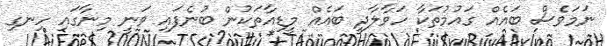
ނަމަވެސް ބައެއް ގައުމުތަކާ ހަވާލާދީ ބައެއް މީޑިއާތަކުން ބުނެފައި ވަނީ މިނާގައި ހިނގި